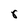
Character: r